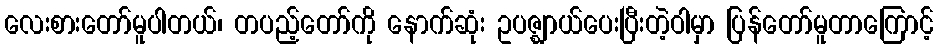
လေးစားတော်မူပါတယ်၊ တပည့်တော်ကို နောက်ဆုံး ဥပဇ္ဈာယ်ပေးပြီးတဲ့ဝါမှာ ပြန်တော်မူတာကြောင့်